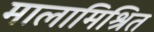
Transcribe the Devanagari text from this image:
मालामिश्रित